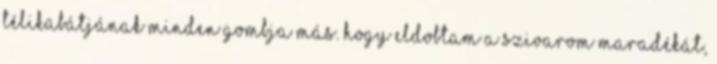
télikabátjának minden gombja más. Hogy eldobtam a szivarom maradékát,